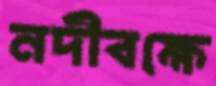
নদীবক্ষে